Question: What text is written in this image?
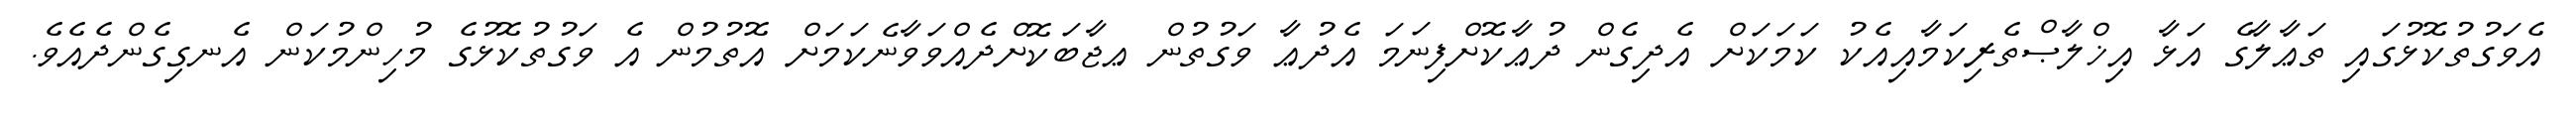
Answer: އެވަގުތުކޮޅުގައި ތަޢާލާގެ އަޅާ އިޚްލާޞްތެރިކަމާއިއެކު ކަމަކަށް އެދިގެން ދުޢާކޮށްފިނަމަ އެދުޢާ ވަގުތުން ޢޖާބަކޮށްދެއްވަވާނެކަމަށް އޮތުމުން އެ ވަގުތުކޮޅުގެ މުހިންމުކަން އެނގިގެންދެއެވެ.